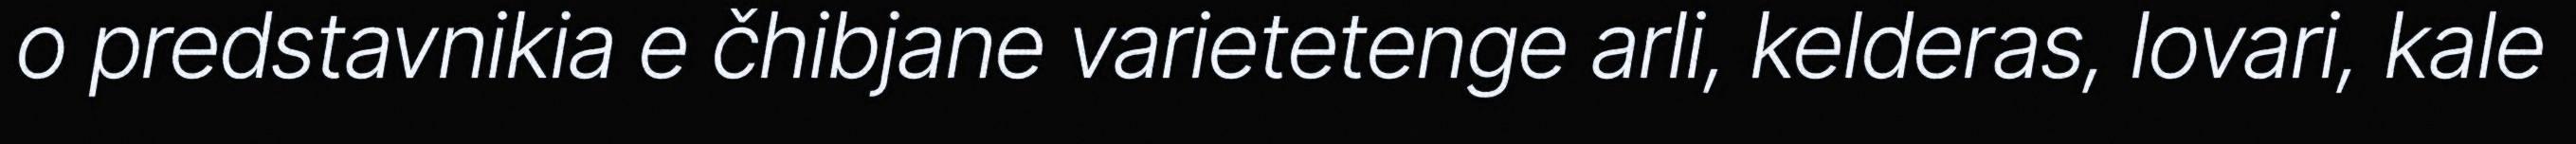
o predstavnikia e čhibjane varietetenge arli, kelderas, lovari, kale